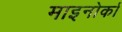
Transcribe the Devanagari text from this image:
माइनोर्का